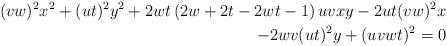
\begin{align*}(vw)^{2}x^{2}+(ut)^{2}y^{2}+2wt\left( 2w+2t-2wt-1\right) uvxy-2ut(vw)^{2}x \\-2wv(ut)^{2}y+(uvwt)^{2}=0 \end{align*}